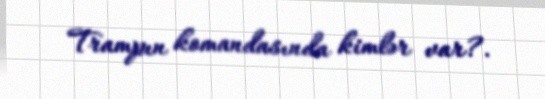
Trampın komandasında kimlər var?.